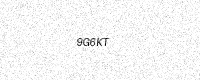
Text: 9G6KT